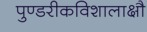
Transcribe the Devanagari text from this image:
पुण्डरीकविशालाक्षौ